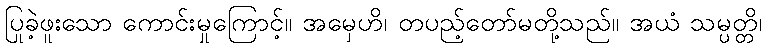
ပြုခဲ့ဖူးသော ကောင်းမှုကြောင့်။ အမှေဟိ၊ တပည့်တော်မတို့သည်။ အယံ သမ္ပတ္တိ၊